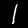
Label: 1